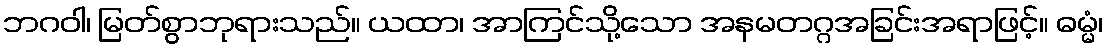
ဘဂဝါ၊ မြတ်စွာဘုရားသည်။ ယထာ၊ အာကြင်သို့သော အနမတဂ္ဂအခြင်းအရာဖြင့်။ ဓမ္မံ၊